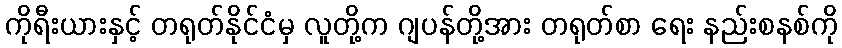
ကိုရီးယားနှင့် တရုတ်နိုင်ငံမှ လူတို့က ဂျပန်တို့အား တရုတ်စာ ရေး နည်းစနစ်ကို